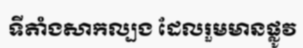
ទីតាំងសាកល្បង ដែលរួមមានផ្លូវ